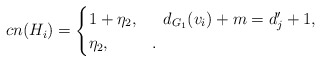
\begin{align*}cn(H_i)=\begin{cases}1+ \eta_2, & ~~ d_{G_1}(v_i)+m=d_j^{\prime}+1,\\\eta_2, & .\end{cases}\end{align*}